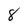
Character: 8